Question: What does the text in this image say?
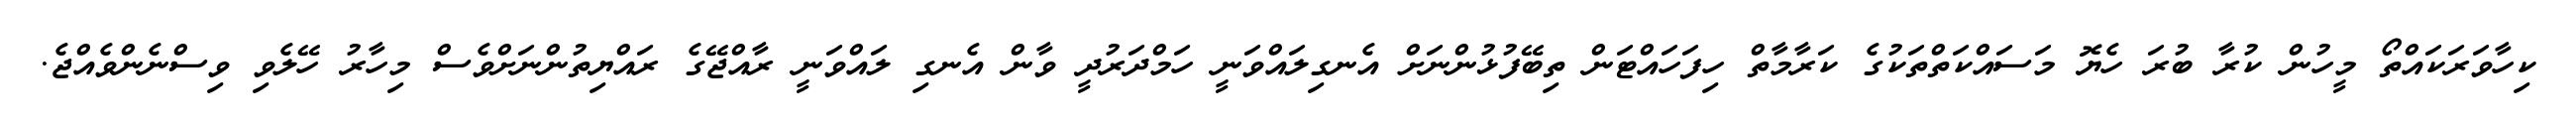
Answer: ކިހާވަރަކައްތޯ މީހުން ކުރާ ބުރަ ހެޔޮ މަސައްކަތްތަކުގެ ކަރާމާތް ހިފަހައްޓަން ތިބޭފުޅުންނަށް އެނގިލައްވަނީ ހަމްދަރުދީ ވާން އެނގި ލައްވަނީ ރާއްޖޭގެ ރައްޔިތުންނަށްވެސް މިހާރު ހޭލެވި ވިސްނެންވެއްޖެ.